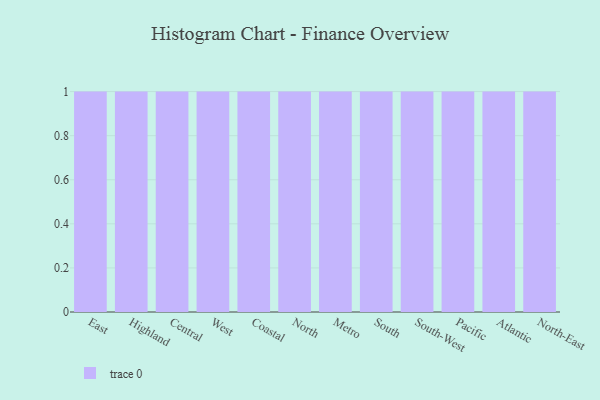
{"axis": {"x": "Region", "y": "Backlog"}, "legend": [""], "data": [{"x": "East", "y": 67, "type": ""}, {"x": "Highland", "y": 65, "type": ""}, {"x": "Central", "y": 8, "type": ""}, {"x": "West", "y": 43, "type": ""}, {"x": "Coastal", "y": 68, "type": ""}, {"x": "North", "y": 49, "type": ""}, {"x": "Metro", "y": 69, "type": ""}, {"x": "South", "y": 16, "type": ""}, {"x": "South-West", "y": 8, "type": ""}, {"x": "Pacific", "y": 97, "type": ""}, {"x": "Atlantic", "y": 35, "type": ""}, {"x": "North-East", "y": 72, "type": ""}]}